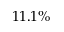
1 1 . 1 \%